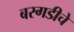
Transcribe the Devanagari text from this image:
बरगडीचे